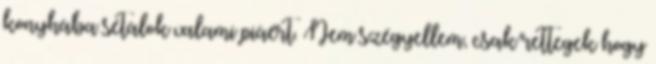
konyhába sétálok valami piáért. Nem szégyellem, csak rettegek hogy